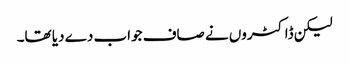
لیکن ڈاکٹروں نے صاف جواب دے دیا تھا۔